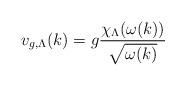
LaTeX: \begin{align*}v_{g,\Lambda}(k)=g\frac{\chi_\Lambda( \omega(k) )}{\sqrt{\omega(k)}}\end{align*}